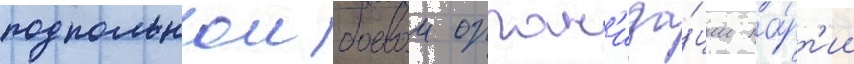
подпольнои боевои орган'иза́ции па́рт'ии